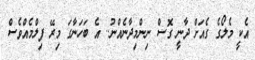
އެކީ މެލޯގެ ގެއަށް ދާނީ ގޮސް ނިންމިދާނެއްނު.. އެ ބަހަނާގަ މިރޭ ފިލްމެއްވެސް